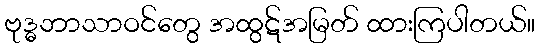
ဗုဒ္ဓဘာသာဝင်တွေ အထွဋ်အမြတ် ထားကြပါတယ်။